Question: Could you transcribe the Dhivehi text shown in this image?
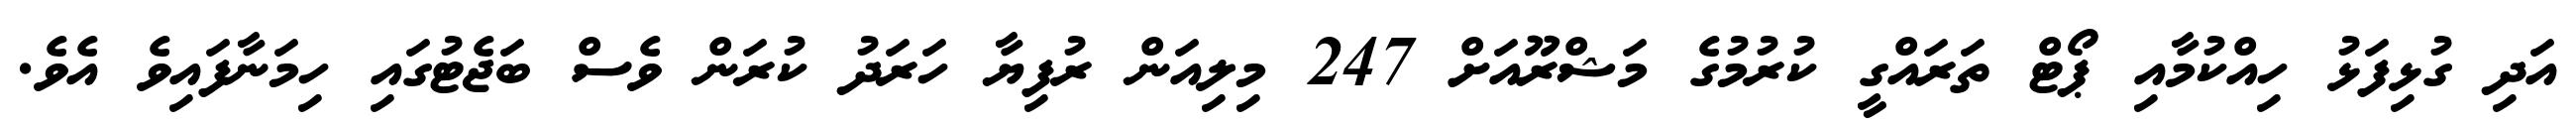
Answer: އަދި ގުޅިފަޅު ހިއްކުމާއި ޕޯޓް ތަރައްގީ ކުރުމުގެ މަޝްރޫއަށް 247 މިލިއަން ރުފިޔާ ހަރަދު ކުރަން ވެސް ބަޖެޓުގައި ހިމަނާފައިވެ އެވެ.